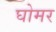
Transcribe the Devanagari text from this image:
घोमर